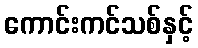
ကောင်းကင်သစ်နှင့်